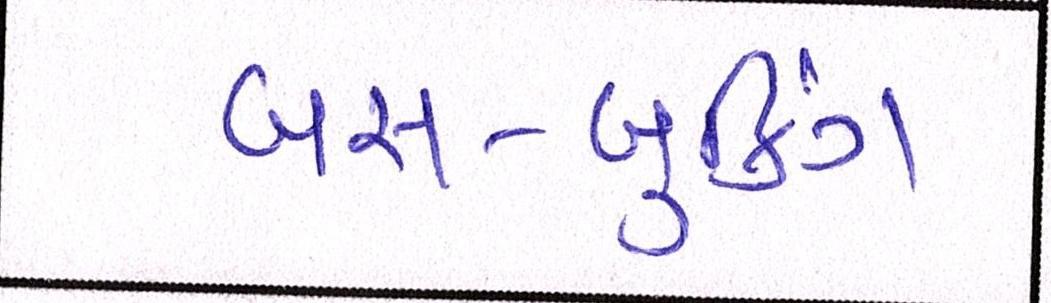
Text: બસ-બુકિંગ